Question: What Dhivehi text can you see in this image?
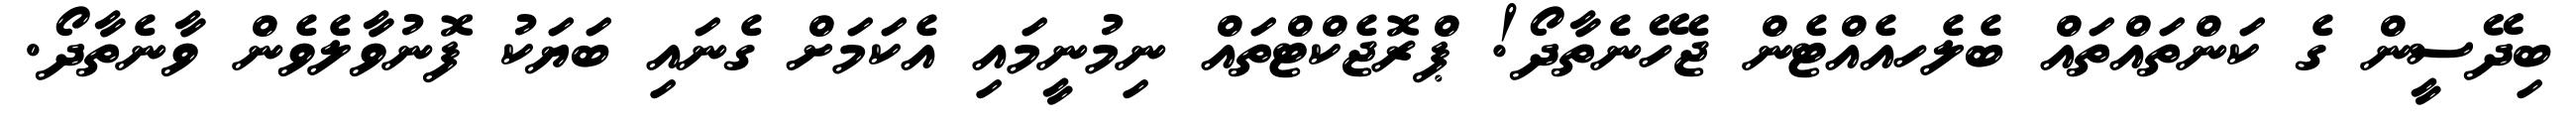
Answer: ބިދޭސީން ގެ ކަންތައްތައް ބެލެހއެއްޓެން ޖެހޭނެތާދޯ! ޕްރޮޖެކްޓްތައް ނިމުނީމައި އެކަމަށް ގެނައި ބަޔަކު ފޮނުވާލެވެން ވާނެތާދޯ.